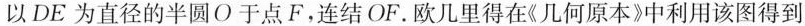
以DE为直径的半圆O于点F，连结OF。欧几里得在《几何原本》中利用该图得到